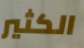
الكثير